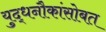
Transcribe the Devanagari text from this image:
युद्धनौकांसोबत